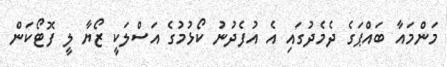
މަންމައާ ބައްޕަގެ ދެމެދުގައި އެ އުފެދުނު ކޯޅުމުގެ އަސްލަކީ ޒޯޔާ ލީ ފޮޓޯކަން